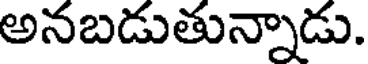
అనబడుతున్నాడు.